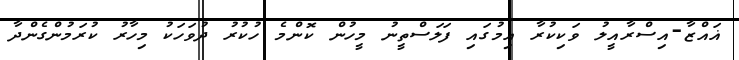
ޣައްޒާ-އިސްރާއީލު ވަކިކުރާ އިމުގައި ފަލަސްތީނު މީހުން ކޮންމެ ހުކުރު ދުވަހަކު މިހާރު ކުރަމުންގެންދާ